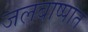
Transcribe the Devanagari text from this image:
जलबाष्पात